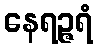
နေရဉ္ဇရံ